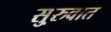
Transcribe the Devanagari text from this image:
सु्रुवात